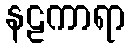
နဠကာရာ